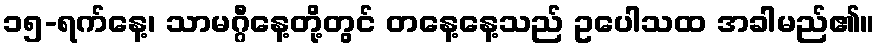
၁၅-ရက်နေ့၊ သာမဂ္ဂီနေ့တို့တွင် တနေ့နေ့သည် ဥပေါသထ အခါမည်၏။